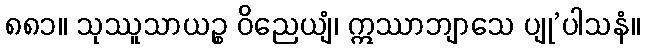
၈၈၁။ သုဿူသာယဉ္စ ဝိညေယျံ၊ ဣဿာဘျာသေ ပျု’ပါသနံ။